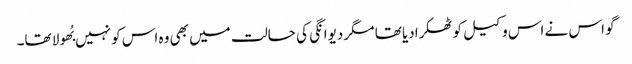
گو اس نے اس وکیل کو ٹھکرادیا تھا مگر دیوانگی کی حالت میں بھی وہ اس کو نہیں بُھولا تھا۔